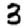
Digit: 3